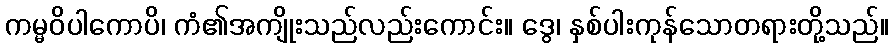
ကမ္မဝိပါကောပိ၊ ကံ၏အကျိုးသည်လည်းကောင်း။ ဒွေ၊ နှစ်ပါးကုန်သောတရားတို့သည်။